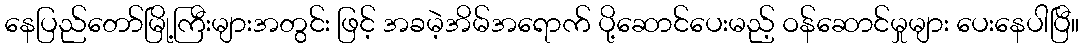
နေပြည်တော်မြို့ကြီးများအတွင်း ဖြင့် အခမဲ့အိမ်အရောက် ပို့ဆောင်ပေးမည့် ဝန်ဆောင်မှုများ ပေးနေပါပြီ။